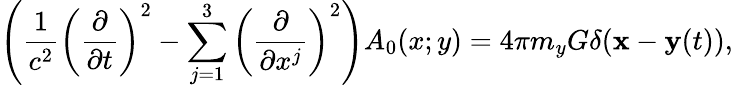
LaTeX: \left(\frac{1}{c^{2}}\left(\frac{\partial}{\partial t}\right)^{2}-\sum_{j=1}^{3}\left(\frac{\partial}{\partial x^{j}}\right)^{2}\right)A_{0}(x;y)=4\pi m_{y}G\delta({\mathbf x}-{\mathbf y}(t)),